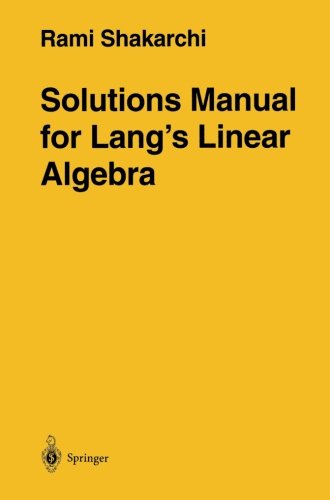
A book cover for Solutions Manual for Lang's Linear Algebra; Rami Shakarchi; Science & Math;